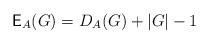
LaTeX: \begin{align*}\mathsf{E}_A(G) = D_A(G)+|G|-1\end{align*}